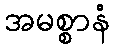
အမစ္စာနံ